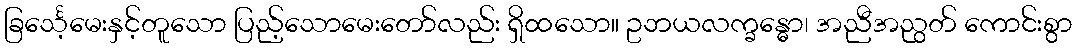
ခြင်္သေ့မေးနှင့်တူသော ပြည့်သောမေးတော်လည်း ရှိထသော။ ဥဘယလက္ခန္ဓော၊ အညီအညွတ် ကောင်းစွာ